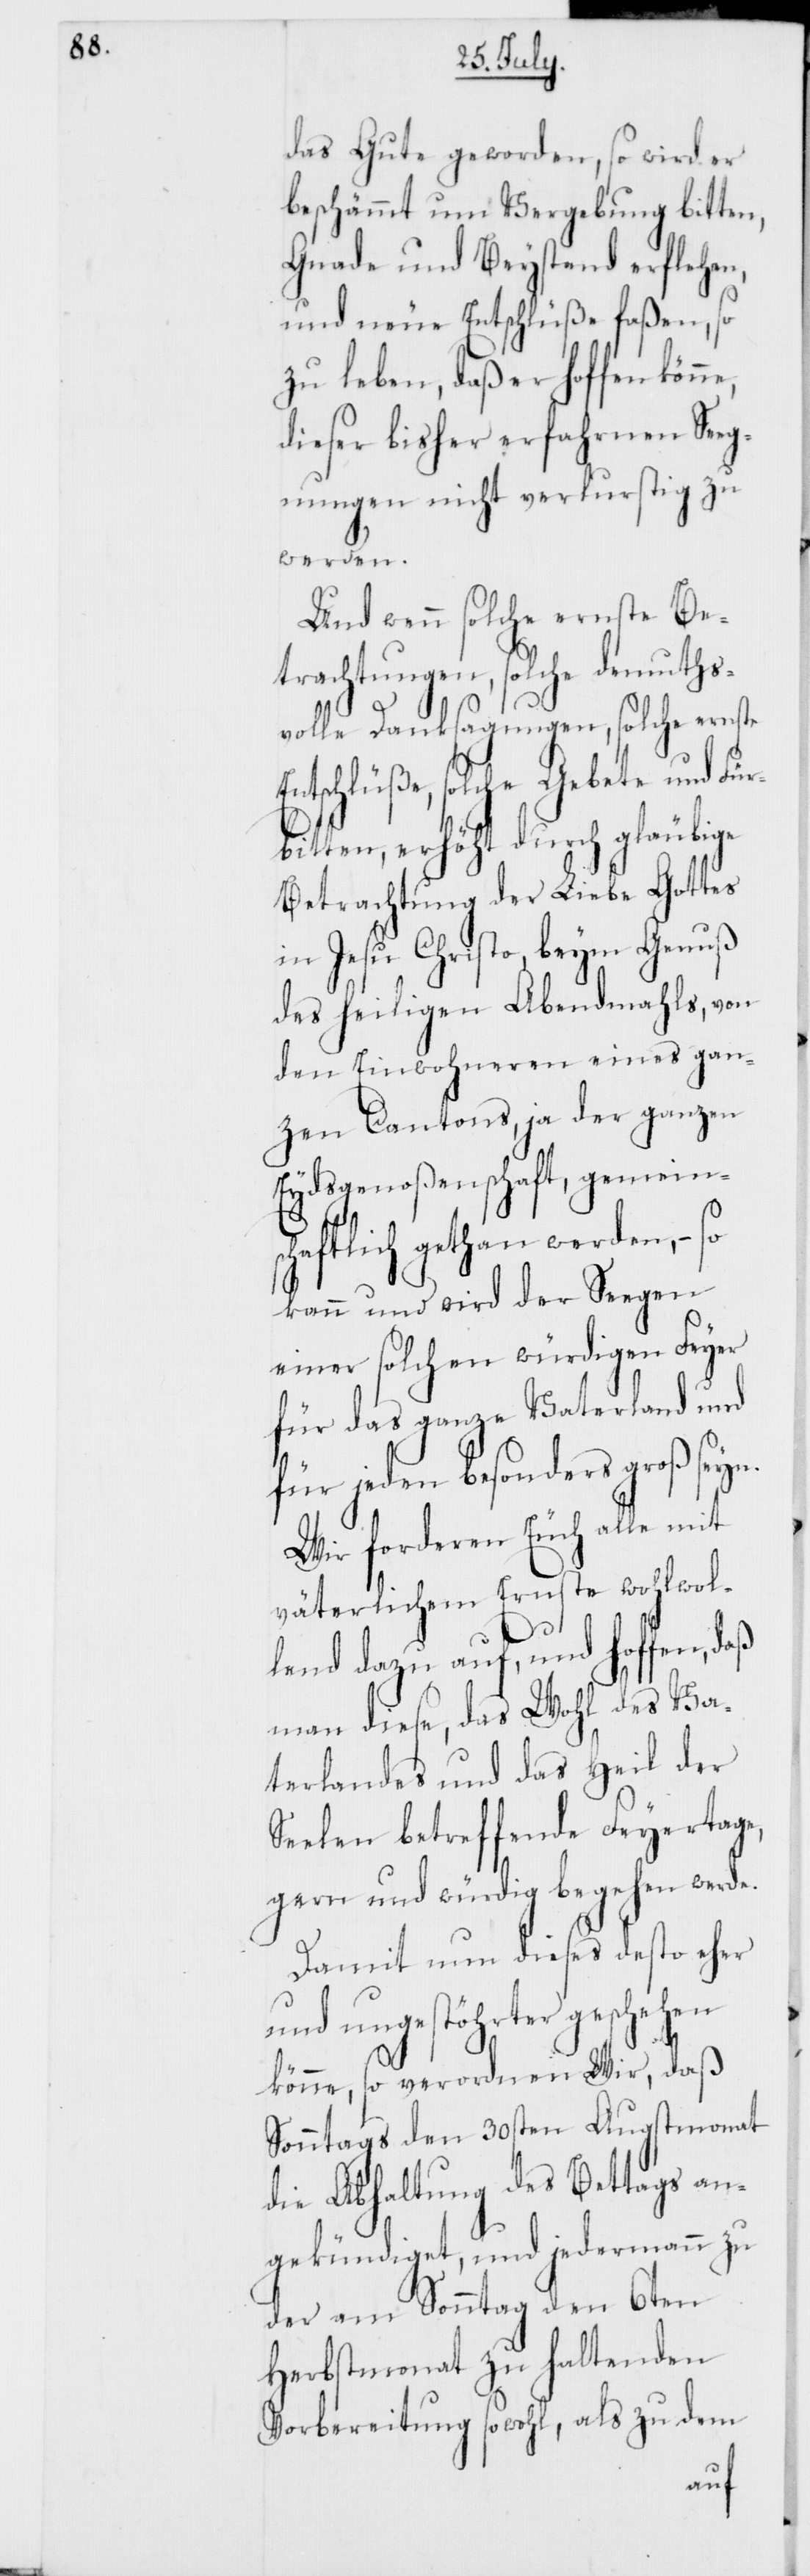
das Gute geworden, so wird er
beschämt um Vergebung bitten,
Gnade und Beystand erflehen,
und neue Entschlüße faßen, so
zu leben, daß er hoffen
dieser bisher erfahrnen Seeg¬
nungen [sic!] nicht verlustig zu
werden.
Und wenn solche ernste Be¬
trachtungen, solche demuths¬
volle Danksagungen, solche ernste
Entschlüße, solche Gebete und Für¬
bitten, erhöht durch gläubige
Betrachtung der Liebe Gottes
in Jesu Christo, beym Genuß
des heiligen Abendmahls, von
den Einwohneren eines gan¬
zen Cantons, ja der ganzen
Eydsgenoßenschaft, gemeins¬
chaftlich gethan werden, – so
kann und wird der Segen
einer solchen würdigen Feyer
für das ganze Vaterland und
für jeden besonders groß seyn.
Wir forderen Euch alle mit
väterlichem Ernste wohlwol¬
lend dazu auf, und hoffen, daß
man diese, das Wohl des Va¬
terlandes und das Heil der
Seelen betreffende Feyertage,
gern und würdig begehen werde.
Damit nun dieses desto eher
und ungestörter geschehen
könne, so verordnen Wir, daß
Sonntags den 30sten Augstmonat
die Abhaltung des Bettags an¬
gekündiget, und jedermann zu
der am Sonntag den 6ten
Herbstmonat zu haltenden
Vorbereitung sowohl, als zu dem